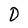
Character: 0